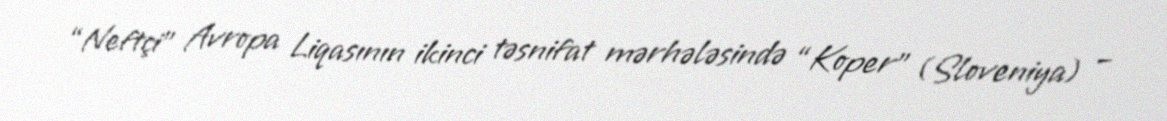
“Neftçi” Avropa Liqasının ikinci təsnifat mərhələsində “Koper” (Sloveniya) –